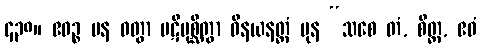
၄၃၈။ ဧဝဉ္စ ပန ဝတွာ ပဋိပုစ္ဆိတွာ ဝိနယနတ္ထံ ပုန “သစေ တံ, စိတ္တ, ဧဝံ